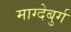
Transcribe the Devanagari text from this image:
माग्देबुर्ग